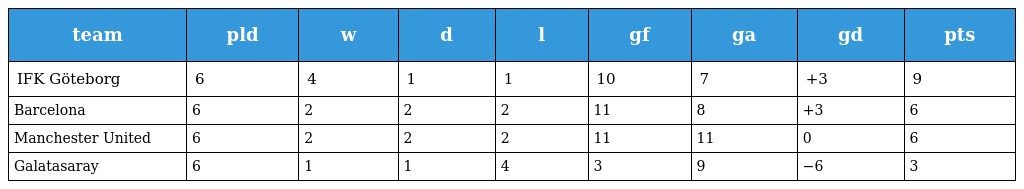
| team | pld | w | d | l | gf | ga | gd | pts |
 | --- | --- | --- | --- | --- | --- | --- | --- | --- |
 | IFK Göteborg | 6 | 4 | 1 | 1 | 10 | 7 | +3 | 9 |
 | Barcelona | 6 | 2 | 2 | 2 | 11 | 8 | +3 | 6 |
 | Manchester United | 6 | 2 | 2 | 2 | 11 | 11 | 0 | 6 |
 | Galatasaray | 6 | 1 | 1 | 4 | 3 | 9 | −6 | 3 |